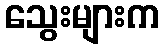
သွေးများက